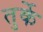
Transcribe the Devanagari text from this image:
तुर्के